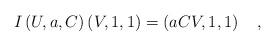
LaTeX: \begin{align*}I\left( U,a,C\right) \left( V,1,1\right) =\left(aCV,1,1\right) \quad ,\end{align*}